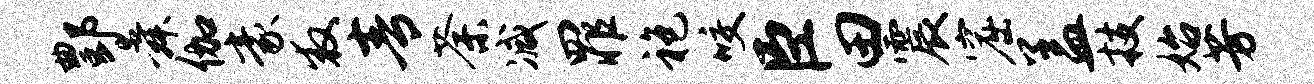
酆舜伽豪救青荼减罪袍咬臣田震窟盖技始芳